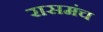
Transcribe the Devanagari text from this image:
रासमंच